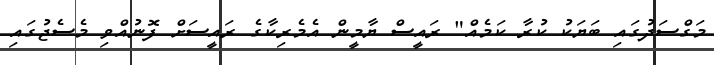
މަގްސަދުގައި ބަޔަކު ކުރާ ކަމެއް" ރައީސް ޔާމީން އެމެރިކާގެ ރައީސަށް ފޮނުއްވި މެސެޖުގައި